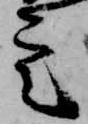
定